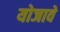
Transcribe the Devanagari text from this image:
योजावे